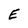
Character: E